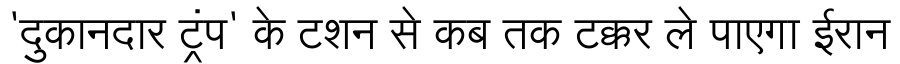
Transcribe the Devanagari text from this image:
'दुकानदार ट्रंप' के टशन से कब तक टक्कर ले पाएगा ईरान